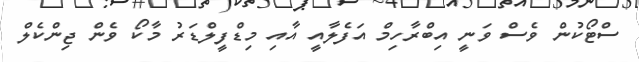
ސްޓޯކުން ވެސް ވަނީ އިބްރާހިމް އަފެލާއީ އާއި މިޑްފީލްޑަރު މާކޯ ވެން ޖިންކެލް